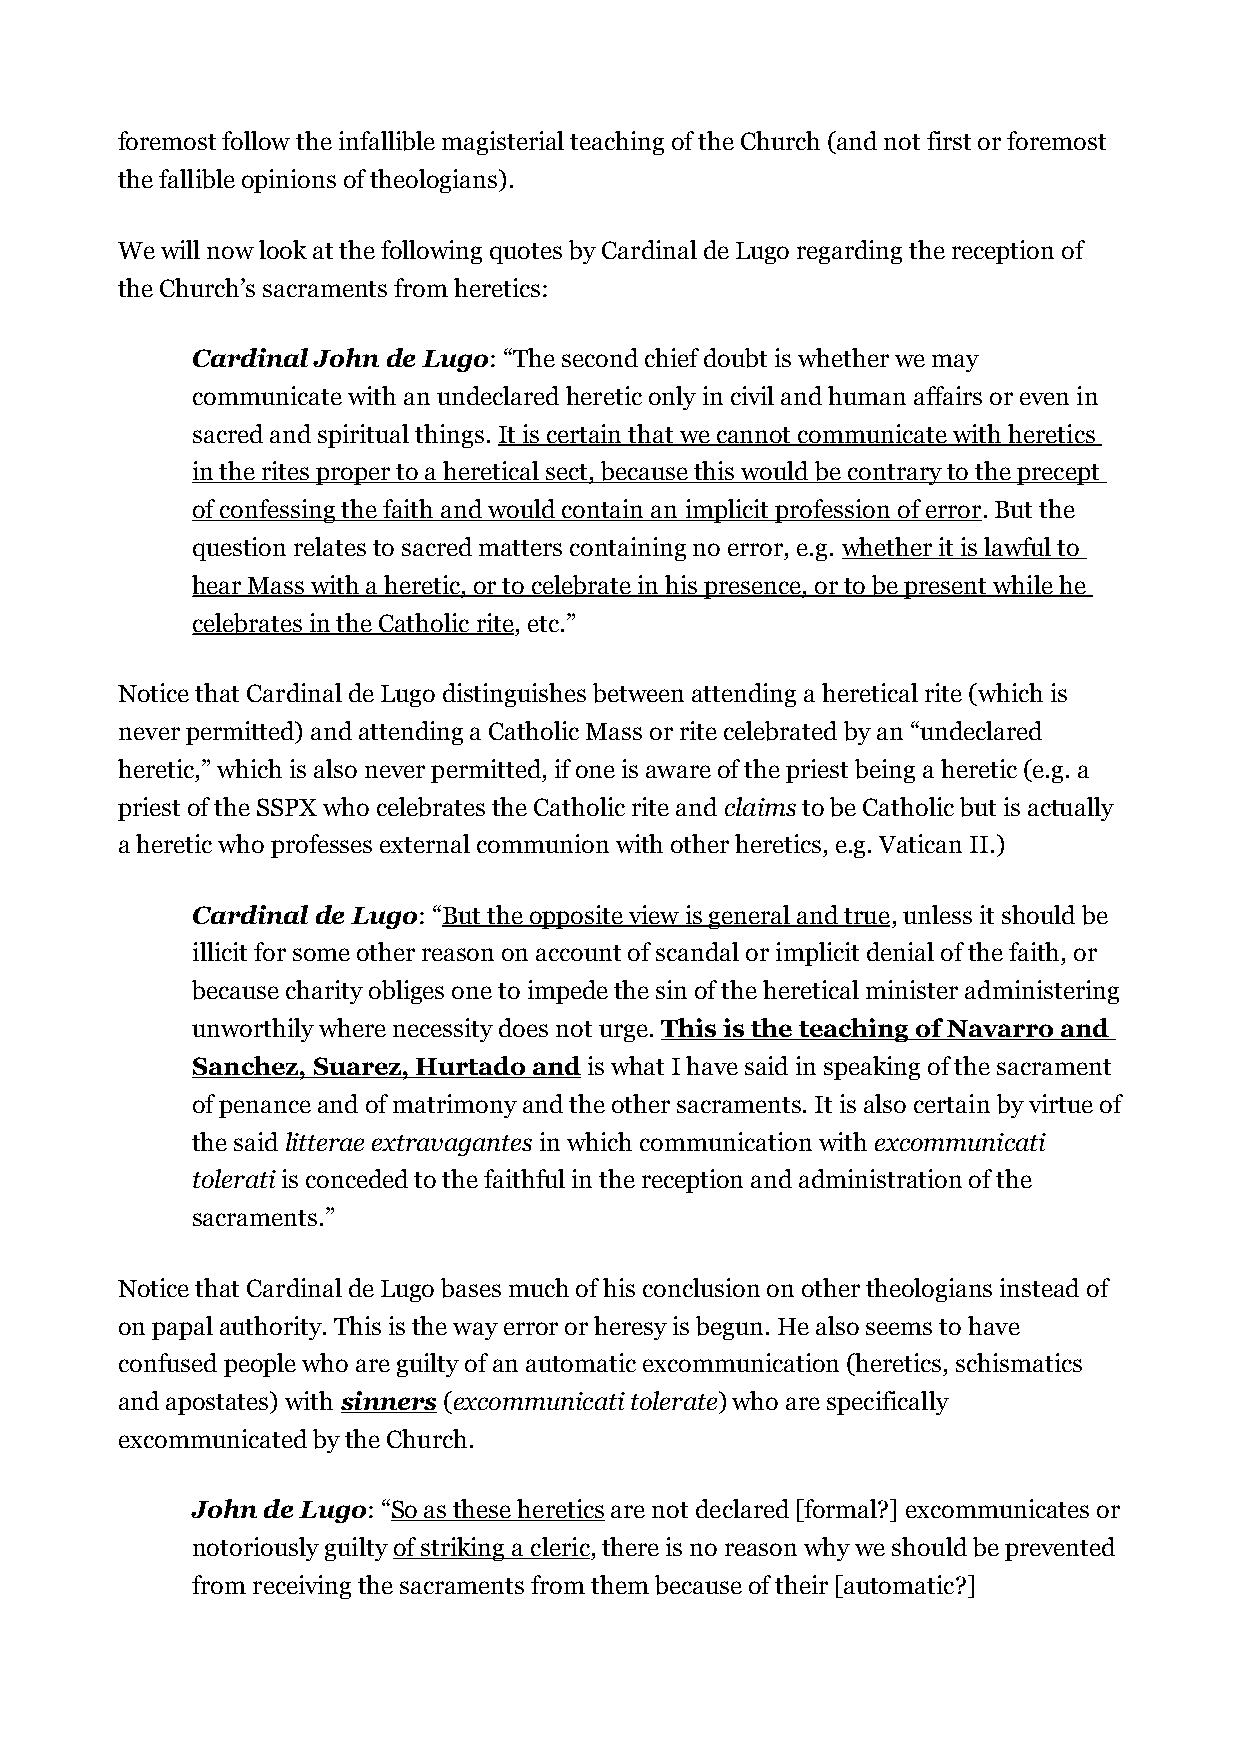
foremost follow the infallible magisterial teaching of the Church (and not first or foremost
 the fallible opinions of theologians).
 We will now look at the following quotes by Cardinal de Lugo regarding the reception of
 the Church’s sacraments from heretics:
 Cardinal John de Lugo: “The second chief doubt is whether we may
 communicate with an undeclared heretic only in civil and human affairs or even in
 sacred and spiritual things. It is certain that we cannot communicate with heretics
 in the rites proper to a heretical sect, because this would be contrary to the precept
 of confessing the faith and would contain an implicit profession of error. But the
 question relates to sacred matters containing no error, e.g. whether it is lawful to
 hear Mass with a heretic, or to celebrate in his presence, or to be present while he
 celebrates in the Catholic rite, etc.”
 Notice that Cardinal de Lugo distinguishes between attending a heretical rite (which is
 never permitted) and attending a Catholic Mass or rite celebrated by an “undeclared
 heretic,” which is also never permitted, if one is aware of the priest being a heretic (e.g. a
 priest of the SSPX who celebrates the Catholic rite and claims to be Catholic but is actually
 a heretic who professes external communion with other heretics, e.g. Vatican II.)
 Cardinal de Lugo: “But the opposite view is general and true, unless it should be
 illicit for some other reason on account of scandal or implicit denial of the faith, or
 because charity obliges one to impede the sin of the heretical minister administering
 unworthily where necessity does not urge. This is the teaching of Navarro and
 Sanchez, Suarez, Hurtado and is what I have said in speaking of the sacrament
 of penance and of matrimony and the other sacraments. It is also certain by virtue of
 the said litterae extravagantes in which communication with excommunicati
 tolerati is conceded to the faithful in the reception and administration of the
 sacraments.”
 Notice that Cardinal de Lugo bases much of his conclusion on other theologians instead of
 on papal authority. This is the way error or heresy is begun. He also seems to have
 confused people who are guilty of an automatic excommunication (heretics, schismatics
 and apostates) with sinners (excommunicati tolerate) who are specifically
 excommunicated by the Church.
 John de Lugo: “So as these heretics are not declared [formal?] excommunicates or
 notoriously guilty of striking a cleric, there is no reason why we should be prevented
 from receiving the sacraments from them because of their [automatic?]